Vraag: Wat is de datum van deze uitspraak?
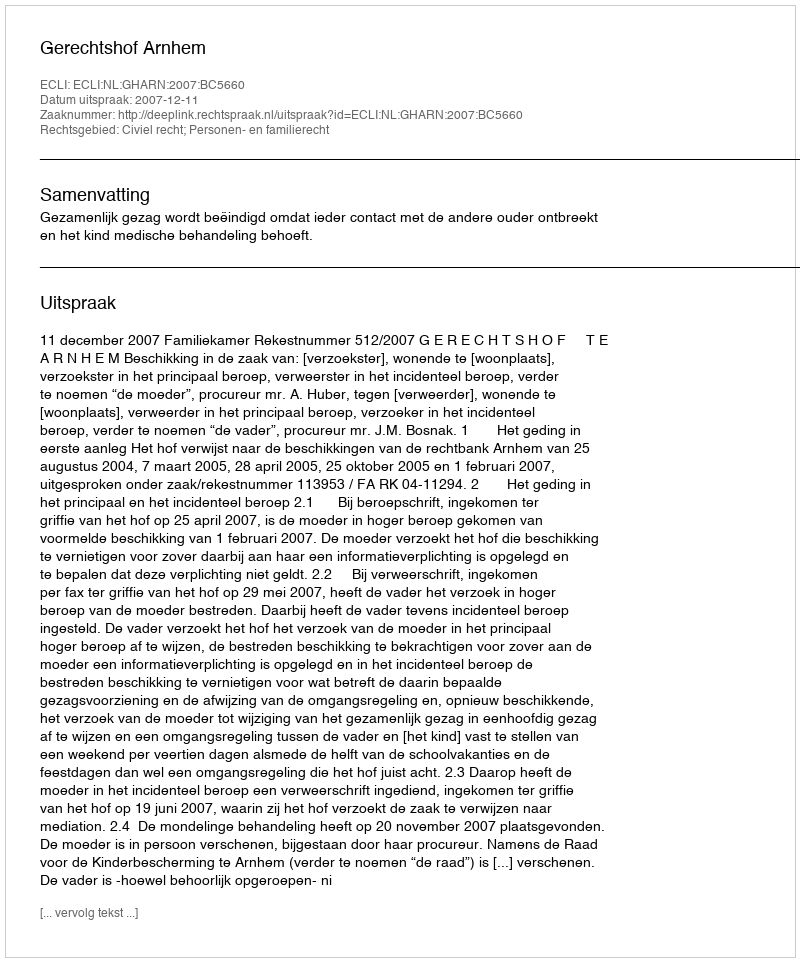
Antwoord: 2007-12-11